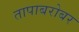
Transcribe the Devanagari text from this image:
तापाबरोबर